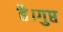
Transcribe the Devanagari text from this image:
है।गुप्त